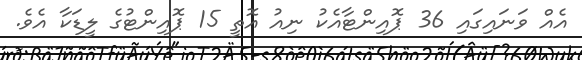
އެއް ވަނައިގައި 36 ޕޮއިންޓާއެކު ނިއު އޮތީ 15 ޕޮއިންޓުގެ ލީޑަކާ އެވެ.